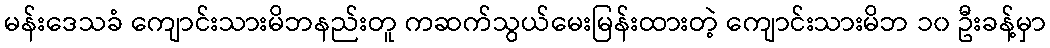
မန်းဒေသခံ ကျောင်းသားမိဘနည်းတူ ကဆက်သွယ်မေးမြန်းထားတဲ့ ကျောင်းသားမိဘ ၁၀ ဦးခန့်မှာ